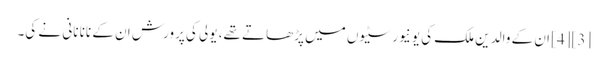
[3][4] ان کے والدین ملک کی یونیورسٹیوں میں پڑھاتے تھے، یولی کی پرورش ان کے نانا نانی نے کی۔